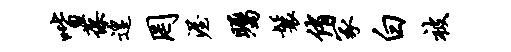
喈葆遑罔渥瞩鬟侑冢白被